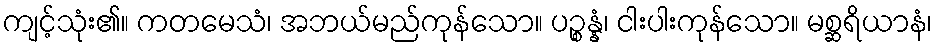
ကျင့်သုံး၏။ ကတမေသံ၊ အဘယ်မည်ကုန်သော။ ပဉ္စန္နံ၊ ငါးပါးကုန်သော။ မစ္ဆရိယာနံ၊